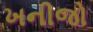
ખનીજો